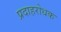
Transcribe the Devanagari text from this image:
प्रदाहरोधक